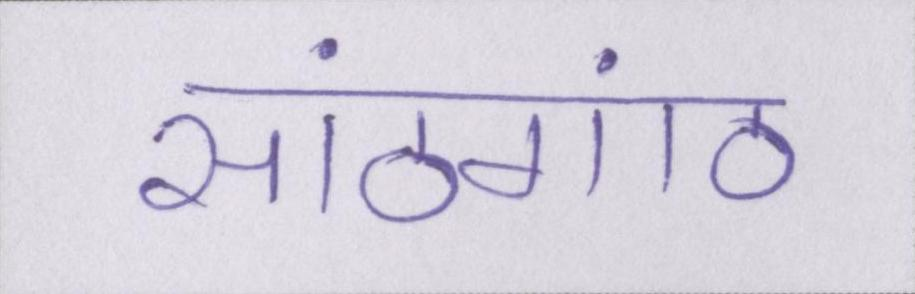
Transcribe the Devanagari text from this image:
सांठगांठ